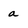
Character: a